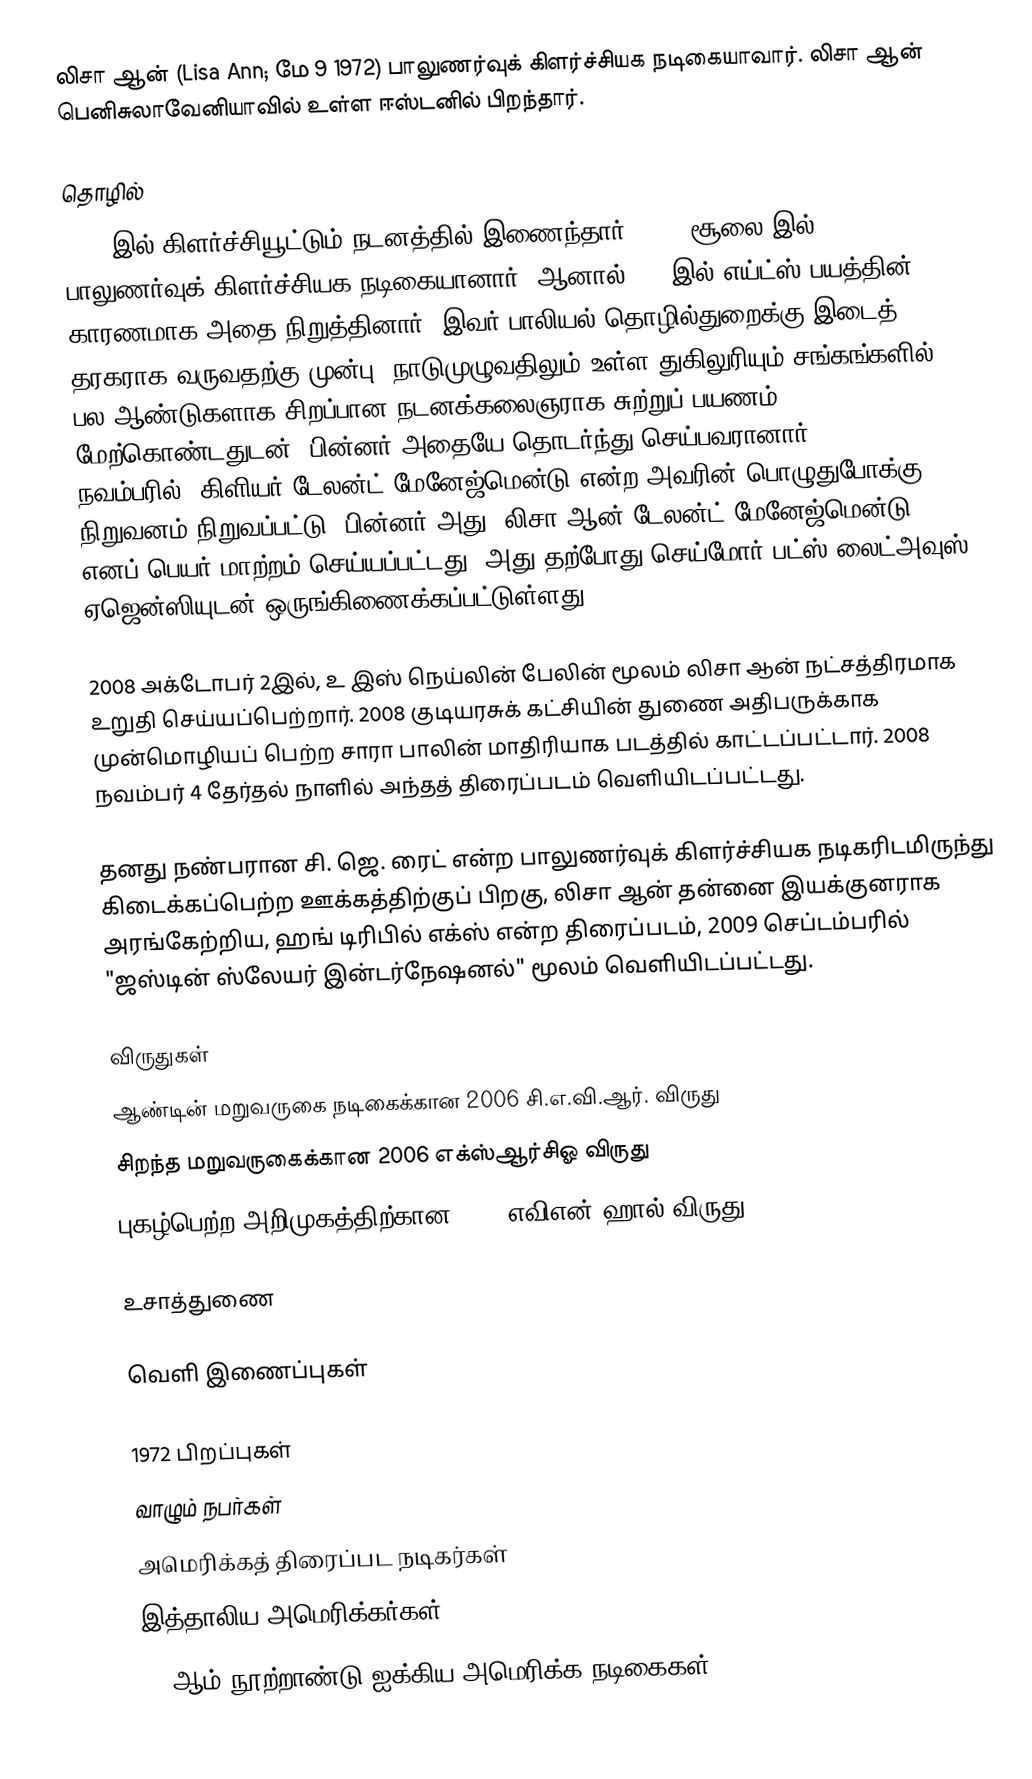
லிசா ஆன் (Lisa Ann; மே 9 1972) பாலுணர்வுக் கிளர்ச்சியக நடிகையாவார். லிசா ஆன் பெனிசுலாவேனியாவில் உள்ள ஈஸ்டனில் பிறந்தார்.

தொழில்
1990 இல் கிளர்ச்சியூட்டும் நடனத்தில் இணைந்தார். 1993 சூலை இல், பாலுணர்வுக் கிளர்ச்சியக நடிகையானார். ஆனால் 1997இல் எய்ட்ஸ் பயத்தின் காரணமாக அதை நிறுத்தினார். இவர் பாலியல் தொழில்துறைக்கு இடைத் தரகராக வருவதற்கு முன்பு, நாடுமுழுவதிலும் உள்ள துகிலுரியும் சங்கங்களில் பல ஆண்டுகளாக சிறப்பான நடனக்கலைஞராக சுற்றுப் பயணம் மேற்கொண்டதுடன், பின்னர் அதையே தொடர்ந்து செய்பவரானார். 2006 நவம்பரில், கிளியர் டேலன்ட் மேனேஜ்மென்டு என்ற அவரின் பொழுதுபோக்கு நிறுவனம் நிறுவப்பட்டு, பின்னர் அது "லிசா ஆன் டேலன்ட் மேனேஜ்மென்டு" எனப் பெயர் மாற்றம் செய்யப்பட்டது. அது தற்போது செய்மோர் பட்ஸ் லைட்அவுஸ் ஏஜென்ஸியுடன் ஒருங்கிணைக்கப்பட்டுள்ளது.

2008 அக்டோபர் 2இல், உ இஸ் நெய்லின் பேலின் மூலம் லிசா ஆன் நட்சத்திரமாக உறுதி செய்யப்பெற்றார். 2008 குடியரசுக் கட்சியின் துணை அதிபருக்காக முன்மொழியப் பெற்ற சாரா பாலின் மாதிரியாக படத்தில் காட்டப்பட்டார். 2008 நவம்பர் 4 தேர்தல் நாளில் அந்தத் திரைப்படம் வெளியிடப்பட்டது.

தனது நண்பரான சி. ஜெ. ரைட் என்ற பாலுணர்வுக் கிளர்ச்சியக நடிகரிடமிருந்து கிடைக்கப்பெற்ற ஊக்கத்திற்குப் பிறகு, லிசா ஆன் தன்னை இயக்குனராக அரங்கேற்றிய, ஹங் டிரிபில் எக்ஸ் என்ற திரைப்படம், 2009 செப்டம்பரில் "ஜஸ்டின் ஸ்லேயர் இன்டர்நேஷனல்" மூலம் வெளியிடப்பட்டது.

விருதுகள்
ஆண்டின் மறுவருகை நடிகைக்கான 2006 சி.எ.வி.ஆர். விருது
சிறந்த மறுவருகைக்கான 2006 எக்ஸ்ஆர்சிஓ விருது
புகழ்பெற்ற அறிமுகத்திற்கான 2009 எவிஎன் ஹால் விருது

உசாத்துணை

வெளி இணைப்புகள்

1972 பிறப்புகள்
வாழும் நபர்கள்
அமெரிக்கத் திரைப்பட நடிகர்கள்
இத்தாலிய அமெரிக்கர்கள்
21 ஆம் நூற்றாண்டு ஐக்கிய அமெரிக்க நடிகைகள்